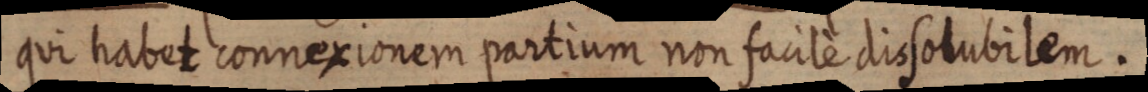
qui habet connexionem partium non facile dissolubilem.